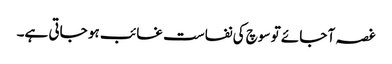
غصہ آ جائے تو سوچ کی نفاست غائب ہو جاتی ہے۔